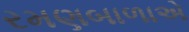
રમણબાળાએ